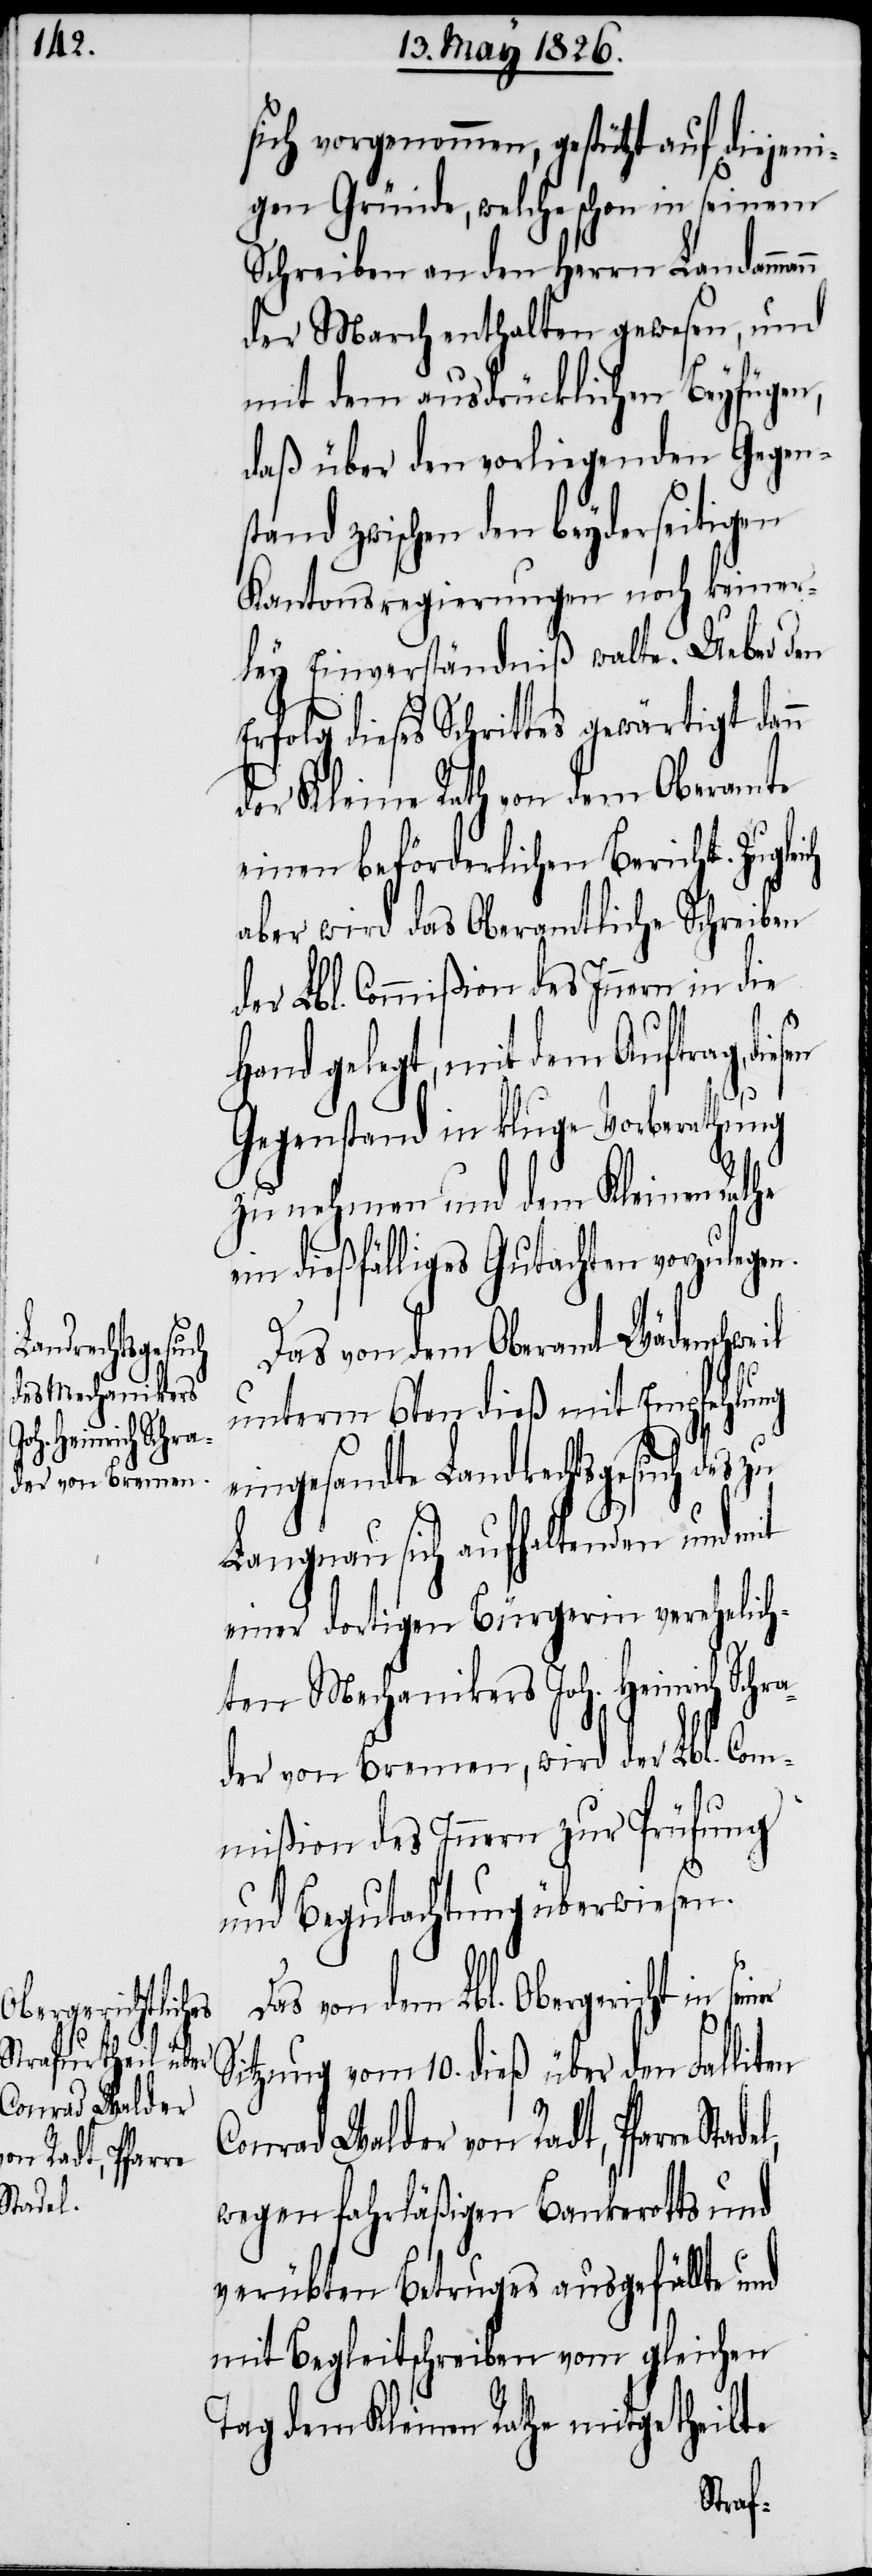
Stadel,

sich vorgenommen, gestützt auf diejeni¬
gen Gründe, welche schon in seinem
Schreiben an den Herrn Landammann
der March enthalten gewesen, und
mit dem ausdrücklichen Beyfügen,
daß über den vorliegenden Gegen¬
stand zwischen den beyderseitigen
Kantonsregierungen noch keiner¬
ley Einverständniß walte. Ueber den
Erfolg dieses Schrittes gewärtigt dann
der Kleine Rath von dem Oberamte
einen beförderlichen Bericht. Zugle¬
aber wird das Oberamtliche Schreiben
der Lbl. Commißion des Innern in die
Hand gelegt, mit dem Auftrag, die¬
sen
Gegenstand in kluge Vorberathung
zu nehmen und dem Kleinen Rathe
ein dießfälliges Gutachten vorzulegen.
Das von dem Oberamt Wädenschweil
unterm 6ten dieß mit Empfehlung
eingesandte Landrechtsgesuch des zu
Langnau sich aufhaltenden und mit
einer dortigen Bürgerin verehelich¬
ten Mechanikers Joh. Heinrich Schr¬
ader von Bremen, wird der Lbl. Com¬
mißion des Innern zur Prüfung
und Begutachtung überwiesen.
von dem Lbl. Obergericht in
ich
Sitzung vom 10. dieß über den Falliten
Conrad Walder von Radt, Pfarre
wegen fahrläßigen Bankerotts und
verübten Betruges ausgefällte
mit Begleitschreiben vom gleichen
Tag dem Kleinen Rathe mitgetheilte